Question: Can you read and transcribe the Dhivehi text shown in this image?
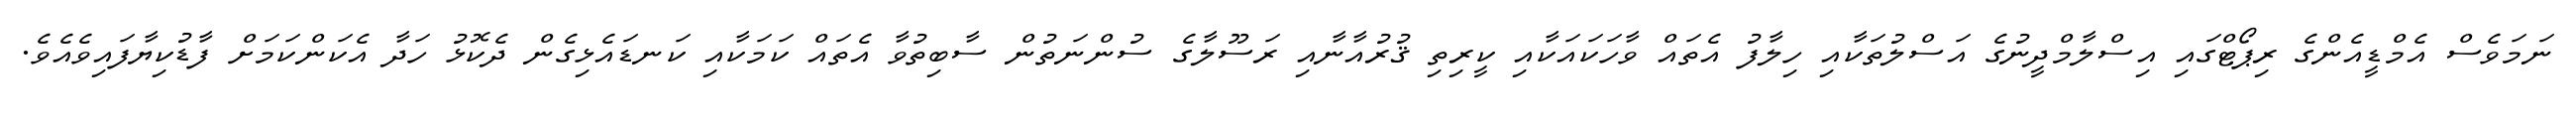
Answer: ނަމަވެސް އެމްޑީއެންގެ ރިޕޯޓްގައި އިސްލާމްދީނުގެ އަސްލުތަކާއި ހިލާފު އެތައް ވާހަކައަކާއި ކީރިތި ޤުރުއާނާއި ރަސޫލާގެ ސުންނަތުން ސާބިތުވާ އެތައް ކަމަކާއި ކަނޑައެޅިގެން ދެކޮޅު ހަދާ އެކަންކަމަށް ފާޑުކިޔާފައިވެއެވެ.